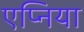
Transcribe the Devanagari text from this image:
एप्निया